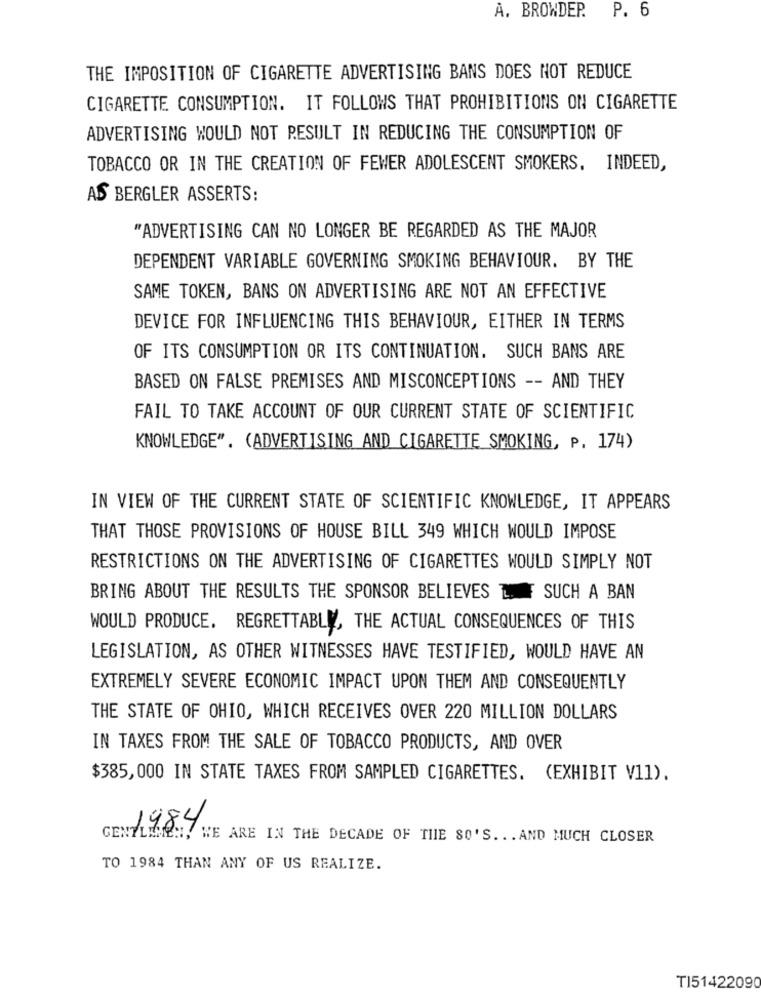
P. 6
A. BROWDER.
THE IMPOSITION OF CIGARETTE ADVERTISING BANS DOES NOT REDUCE
CIGARETTE CONSUMPTION. IT FOLLOWS THAT PROHIBITIONS ON CIGARETTE
ADVERTISING WOULD NOT RESULT IN REDUCING THE CONSUMPTION OF
TOBACCO OR IN THE CREATION OF FEWER ADOLESCENT SMOKERS. INDEED,
AS BERGLER ASSERTS:
"ADVERTISING CAN NO LONGER BE REGARDED AS THE MAJOR
DEPENDENT VARIABLE GOVERNING SMOKING BEHAVIOUR. BY THE
SAME TOKEN, BANS ON ADVERTISING ARE NOT AN EFFECTIVE
DEVICE FOR INFLUENCING THIS BEHAVIOUR, EITHER IN TERMS
OF ITS CONSUMPTION OR ITS CONTINUATION. SUCH BANS ARE
BASED ON FALSE PREMISES AND MISCONCEPTIONS -- AND THEY
FAIL TO TAKE ACCOUNT OF OUR CURRENT STATE OF SCIENTIFIC
KNOWLEDGE". (ADVERTISING AND CIGARETTE SMOKING, P. 174)
IN VIEW OF THE CURRENT STATE OF SCIENTIFIC KNOWLEDGE, IT APPEARS
THAT THOSE PROVISIONS OF HOUSE BILL 349 WHICH WOULD IMPOSE
RESTRICTIONS ON THE ADVERTISING OF CIGARETTES WOULD SIMPLY NOT
BRING ABOUT THE RESULTS THE SPONSOR BELIEVES . SUCH A BAN
WOULD PRODUCE. REGRETTABLE, THE ACTUAL CONSEQUENCES OF THIS
LEGISLATION, AS OTHER WITNESSES HAVE TESTIFIED, WOULD HAVE AN
EXTREMELY SEVERE ECONOMIC IMPACT UPON THEM AND CONSEQUENTLY
THE STATE OF OHIO, WHICH RECEIVES OVER 220 MILLION DOLLARS
IN TAXES FROM THE SALE OF TOBACCO PRODUCTS, AND OVER
$385,000 IN STATE TAXES FROM SAMPLED CIGARETTES. (EXHIBIT V11).
1984
GENTLEMEN, WE ARE IN THE DECADE OF THE SO'S ... AND MUCH CLOSER
TO 1984 THAN ANY OF US REALIZE.
TI51422090